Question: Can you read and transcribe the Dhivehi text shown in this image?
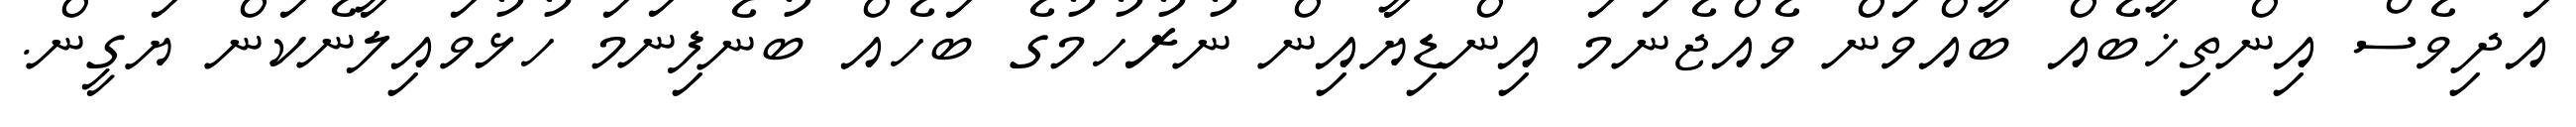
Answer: އަދިވެސް އިންތިޚާބެއް ބާއްވަން ވެއްޖެނަމަ އިންޑިޔާއިން ނުރުހުމުގެ ބަހެއް ބުނެފިނަމަ ހުޅުވައިލާނެކަން ޔަގީން.